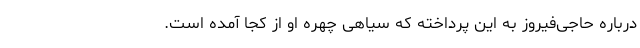
درباره حاجی‌فیروز به این پرداخته که سیاهی چهره او از کجا آمده است.